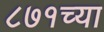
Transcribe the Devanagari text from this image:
८७१च्या